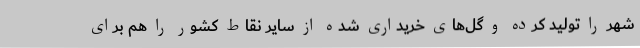
شهر را تولید کرده و گل‌های خریداری شده از سایر نقاط کشور را هم برای